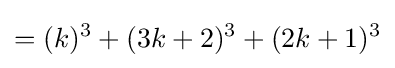
=(k)^{3}+(3k+2)^{3}+(2k+1)^{3}